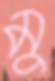
মু